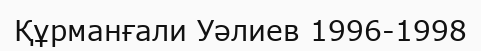
Құрманғали Уәлиев 1996-1998